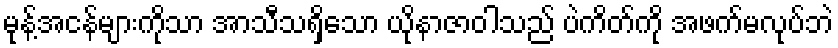
မုန့်အငန်များကိုသာ အာသီသရှိသော ယိုနာဇာဝါသည် ပဲကိတ်ကို အဖက်မလုပ်ဘဲ